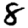
Digit: 8